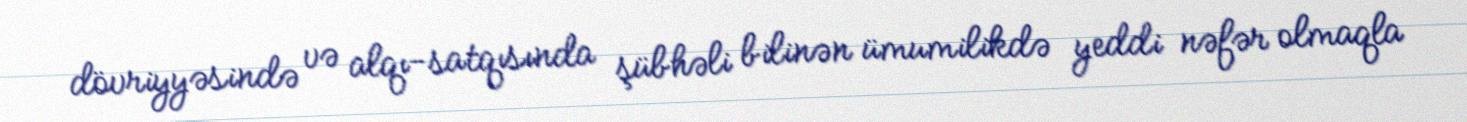
dövriyyəsində və alqı-satqısında şübhəli bilinən ümumilikdə yeddi nəfər olmaqla